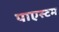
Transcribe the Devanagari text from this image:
पाएस्टम